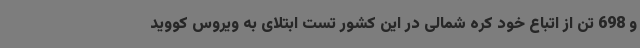
و 698 تن از اتباع خود کره شمالی در این کشور تست ابتلای به ویروس کووید